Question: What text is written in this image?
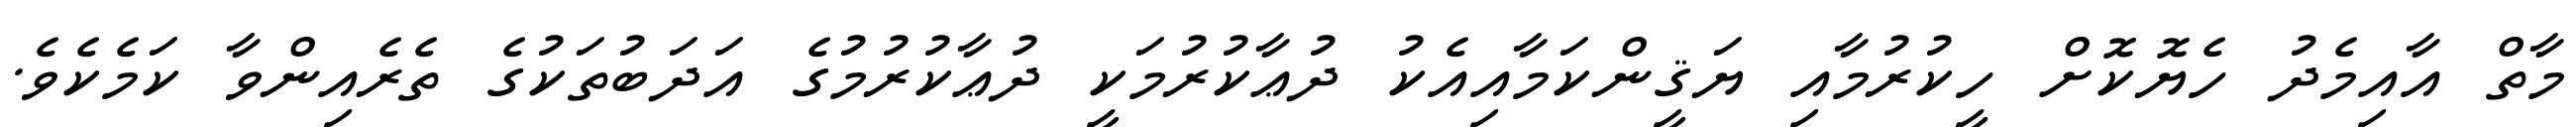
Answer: މާތް އާއިމެދު ހެޔޮކޮށް ހީކުރުމާއި ޔަޤީންކަމާއިއެކު ދުޢާކުރުމަކީ ދުޢާކުރުމުގެ އަދަބުތަކުގެ ތެރެއިންވާ ކަމެކެވެ.